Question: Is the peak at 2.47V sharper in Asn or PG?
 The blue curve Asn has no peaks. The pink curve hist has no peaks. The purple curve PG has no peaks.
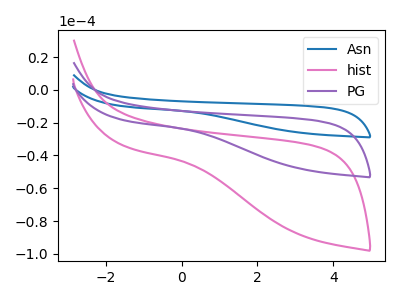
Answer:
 <answer>"Asn" and "PG" dont share a peak at 2.47V.</answer>
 <eval>mismatch</eval>